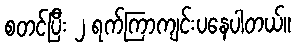
စတင်ပြီး ၂ ရက်ကြာကျင်းပနေပါတယ်။